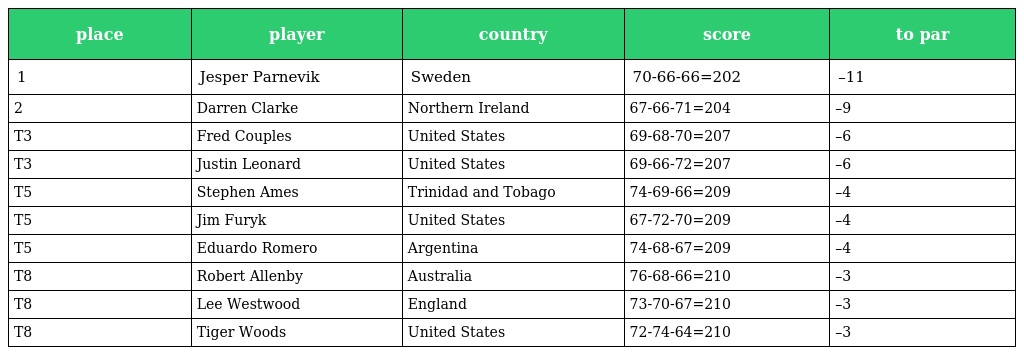
| place | player | country | score | to par |
 | --- | --- | --- | --- | --- |
 | 1 | Jesper Parnevik | Sweden | 70-66-66=202 | –11 |
 | 2 | Darren Clarke | Northern Ireland | 67-66-71=204 | –9 |
 | T3 | Fred Couples | United States | 69-68-70=207 | –6 |
 | T3 | Justin Leonard | United States | 69-66-72=207 | –6 |
 | T5 | Stephen Ames | Trinidad and Tobago | 74-69-66=209 | –4 |
 | T5 | Jim Furyk | United States | 67-72-70=209 | –4 |
 | T5 | Eduardo Romero | Argentina | 74-68-67=209 | –4 |
 | T8 | Robert Allenby | Australia | 76-68-66=210 | –3 |
 | T8 | Lee Westwood | England | 73-70-67=210 | –3 |
 | T8 | Tiger Woods | United States | 72-74-64=210 | –3 |